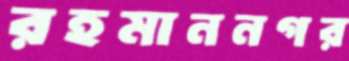
রহমাননগর